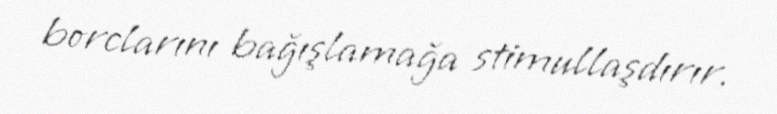
borclarını bağışlamağa stimullaşdırır.